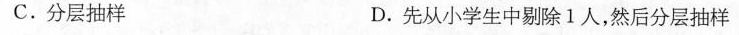
C.分层抽样 D.先从小学生中剔除1人，然后分层抽样